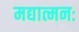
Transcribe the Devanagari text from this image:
मद्यात्मनः